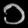
Digit: ၁